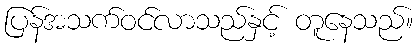
ပြန်အသက်ဝင်လာသည်နှင့် တူနေသည်။